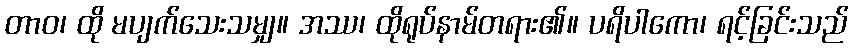
တာဝ၊ ထို မပျက်သေးသမျှ။ အဿ၊ ထိုရုပ်နာမ်တရား၏။ ပရိပါကော၊ ရင့်ခြင်းသည်